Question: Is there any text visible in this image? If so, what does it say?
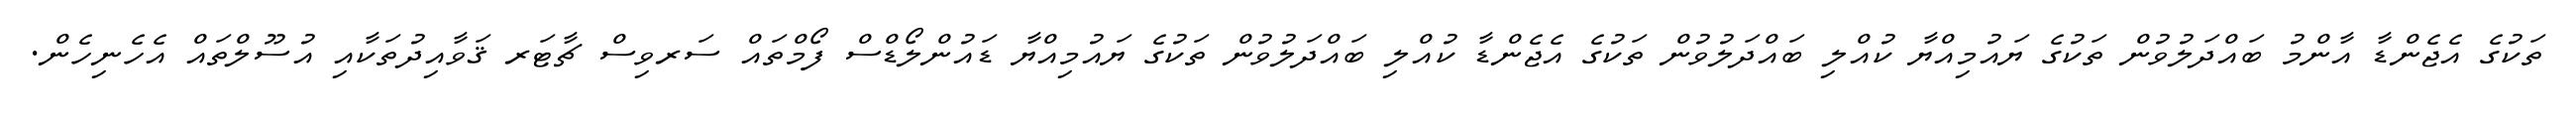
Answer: ތަކުގެ އެޖެންޑާ އާންމު ބައްދަލުވުން ތަކުގެ ޔައުމިއްޔާ ކުއްލި ބައްދަލުވުން ތަކުގެ އެޖެންޑާ ކުއްލި ބައްދަލުވުން ތަކުގެ ޔައުމިއްޔާ ޑައުންލޯޑްސް ފޯމްތައް ސަރވިސް ޗާޓަރ ޤަވާއިދުތަކާއި އުސޫލްތައް އެހެނިހެން.